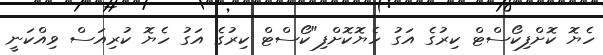
ހެޔޮ ކޮށްފިކޯސްޓް ކިރުގެ އަގު ހެޔޮކޮށްފި"ކޯސްޓް ކިރުގެ އަގު ހެޔޮ ކުރިއަސް ވިއްކަނީ